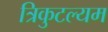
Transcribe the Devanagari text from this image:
त्रिकुटल्यम